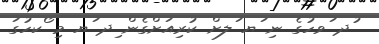
ުދ ަވހުގެ ނި ަޔ ަލށް ކުރިއަށްގެން ިދ ަޔ މި ޯކހުގަ